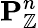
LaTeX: \mathbf{P}_{\mathbb{Z}}^{n}